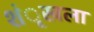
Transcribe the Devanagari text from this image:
शंृखला